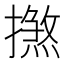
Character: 𢶞